Lunatic asylums in Bengal annual reports 1899-1911 - 1899-1911
Year: 1899
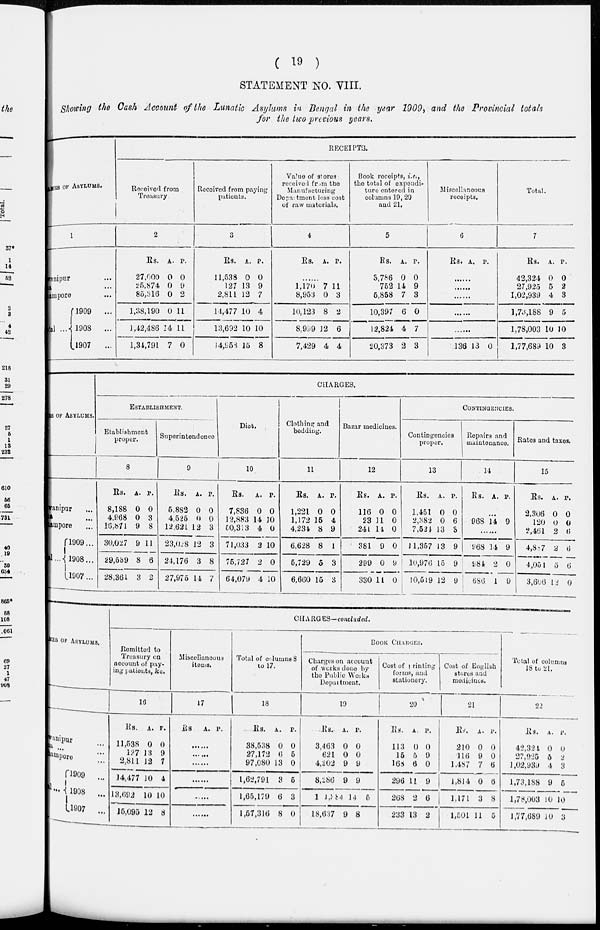
( 19 )
STATEMENT No. VIII.
Showing the Cash Account of the Lunatic Asylums in Bengal in the year 1909, and the Provincial totals
for the two previous years.
AMES OF ASYLUMS.
1
Bhawanipur ...
Patna ...
Berhampore ...
Total ...
1909
...
1908
...
1907
...
RECEIPTS.
Received from
Treasury
2
Rs.
27,000
25,874
85,316
l,38,190
1,42,486
1,34,791
A.
0
0
0
0
14
7
P.
0
9
2
11
11
0
Received from paying
patients.
3
Rs.
11,538
127
2,811
11,477
13,692
14,958
A.
0
13
12
10
10
15
P.
0
9
7
4
10
8
Value of stores
received from the
Manufacturing
Department less cost
of raw materials.
4
Rs. A. P.
......
1,170
8,953
10,123
8,999
7,429
7
0
8
12
4
11
3
2
6
4
Book receipts, i.e.,
the total of expendi-
ture entered in
columns 19, 20
and 21.
5
Rs.
3,786
752
5,858
10,397
12,824
20,373
A.
0
14
7
6
4
2
P.
0
9
3
0
7
3
Miscellaneous
receipts.
6
Rs. A. P.
......
......
......
......
......
136 13 0
Total.
7
Rs.
42,324
27,925
1,02,939
1,73,188
1,78,003
1,77,689
A.
0
5
4
9
10
10
P.
0
2
3
5
10
3
NAMES
OF ASYLUMS.
Bhawanipur ...
Patna ...
Berhampore ...
Total ...
1909...
1908...
1907...
CHARGES.
ESTABLISHMENT.
Etablishment
proper.
8
Rs.
8,188
4,968
16,871
30,027
29,539
28,361
A.
0
0
9
9
8
3
P.
0
3
8
11
6
2
Superintendence
9
Rs.
5,882
4,525
12,621
23,028
24,176
27,975
A.
0
0
12
12
3
14
P.
0
0
3
3
8
7
Diet.
10
Rs.
7,836
12,883
50,313
71,033
75,727
64,079
A.
0
14
4
2
2
4
P.
0
10
0
10
0
10
Clothing and
bedding.
11
Rs.
1,221
1,172
4,234
6,628
5,729
6,660
A.
0
15
8
8
5
15
P.
0
4
9
1
3
3
Bazar medicines.
12
Rs.
116
23
241
381
299
330
A.
0
11 14
9
0
11
P.
0
0
0
0
9
0
CONTINGENCIES.
Contingencies
proper.
13
Rs.
1,451
2,382
7,521
11,357
10,976
10,519
A.
0
0
13
13
15
12
P.
0
6
3
9
9
9
Repairs and
maintenance.
14
Rs. A. P.
......
968 14 9
......
968
984
680
14
2
1
9
0
9
Rates and taxes.
15
Rs.
2,306
120
2,461
4,887
4,051
3,616
A.
0
0
2
2
5
12
P.
0
0
6
6
6
0
NAMES OF
ASYLUMS.
Bhawanipur ...
Patna ...
Berhampore ...
Total ... 1909 ...
1908
...
1907
...
CHARGES-concluded.
Remitted to
Treasury on
account of pay-
ing patients, &c.
16
Rs.
11,538
127
2,811
14,477
13,092
15,095
A.
0
13
12
10
10
12
P.
0
9
7
4
10
8
Miscellaneous
items.
17
Rs.
A. P.
......
......
......
......
......
......
Total of columns 8
to 17.
18
Rs.
38,538
27,172
97,080
1,62,791
1,65,179
1,57,316
A.
0
6
13
3
6
8
P.
0
5
0
5
3
0
BOOK CHARGES.
Charges on account
of works done by
the Public Works
Department.
19
Rs.
3,463
621
4,202
8,286
1,61,384
18,637
A.
0
0
9
9
14
9
P.
0
0
9
9
5
8
Cost of printing
forms, and
stationery.
20
Rs.
113
15
168
296
268
233
A.
0
5
6
11
2
13
P.
0
9
0
9
6
2
Cost of English
stores and
medicines.
21
Rs.
210
116
1,487
1,814
1,171
1,501
A.
0
9
7
0
3
11
P.
0
0
6
6
8
5
Total of columns
18 to 21.
22
Rs.
42,324
27,925
1,02,939
1,73,188
1,78,003
1,77,689
A.
0
5
4
9
10
10
P.
0
2
3
5
10
3